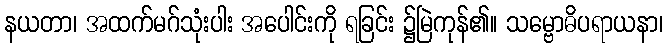
နယတာ၊ အထက်မဂ်သုံးပါး အပေါင်းကို ရခြင်း ၌မြဲကုန်၏။ သမ္ဗောဓိပရာယနာ၊